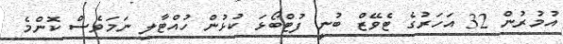
އުމުރުން 32 އަހަރުގެ ޓެވޭޒް ބުނީ ފުޓްބޯޅަ ކުޅުން ހުއްޓާލި ނަމަވެސް ކޮންމެ